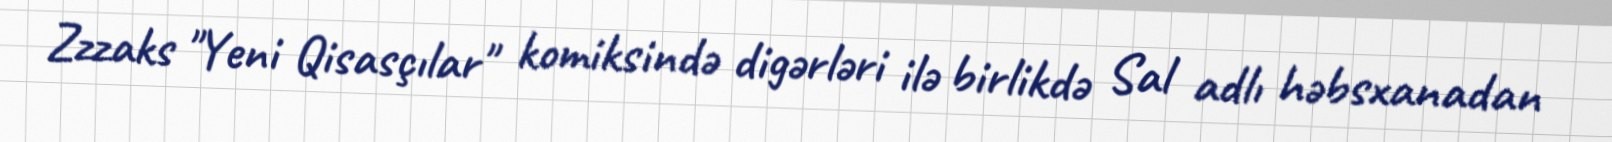
Zzzaks "Yeni Qisasçılar" komiksində digərləri ilə birlikdə Sal adlı həbsxanadan